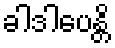
ခါဒါပေန္တိ